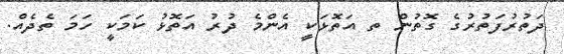
ދަތުރުފަތުރުގެ ގޮތުން ތ އަތޮޅަކީ އެންމެ ދުރު އަތޮޅު ކަމަކީ ހަމަ ތެދެއް.